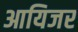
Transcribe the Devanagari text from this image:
आयिजर